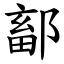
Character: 鄐